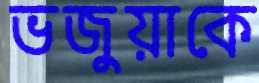
ভজুয়াকে